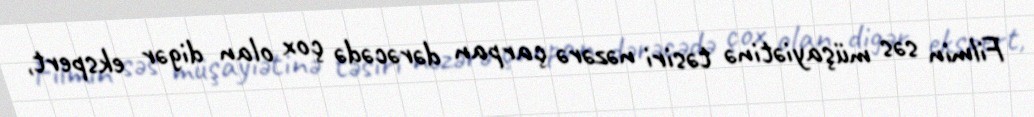
Filmin səs müşayiətinə təsiri nəzərə çarpan dərəcədə çox olan digər ekspert,